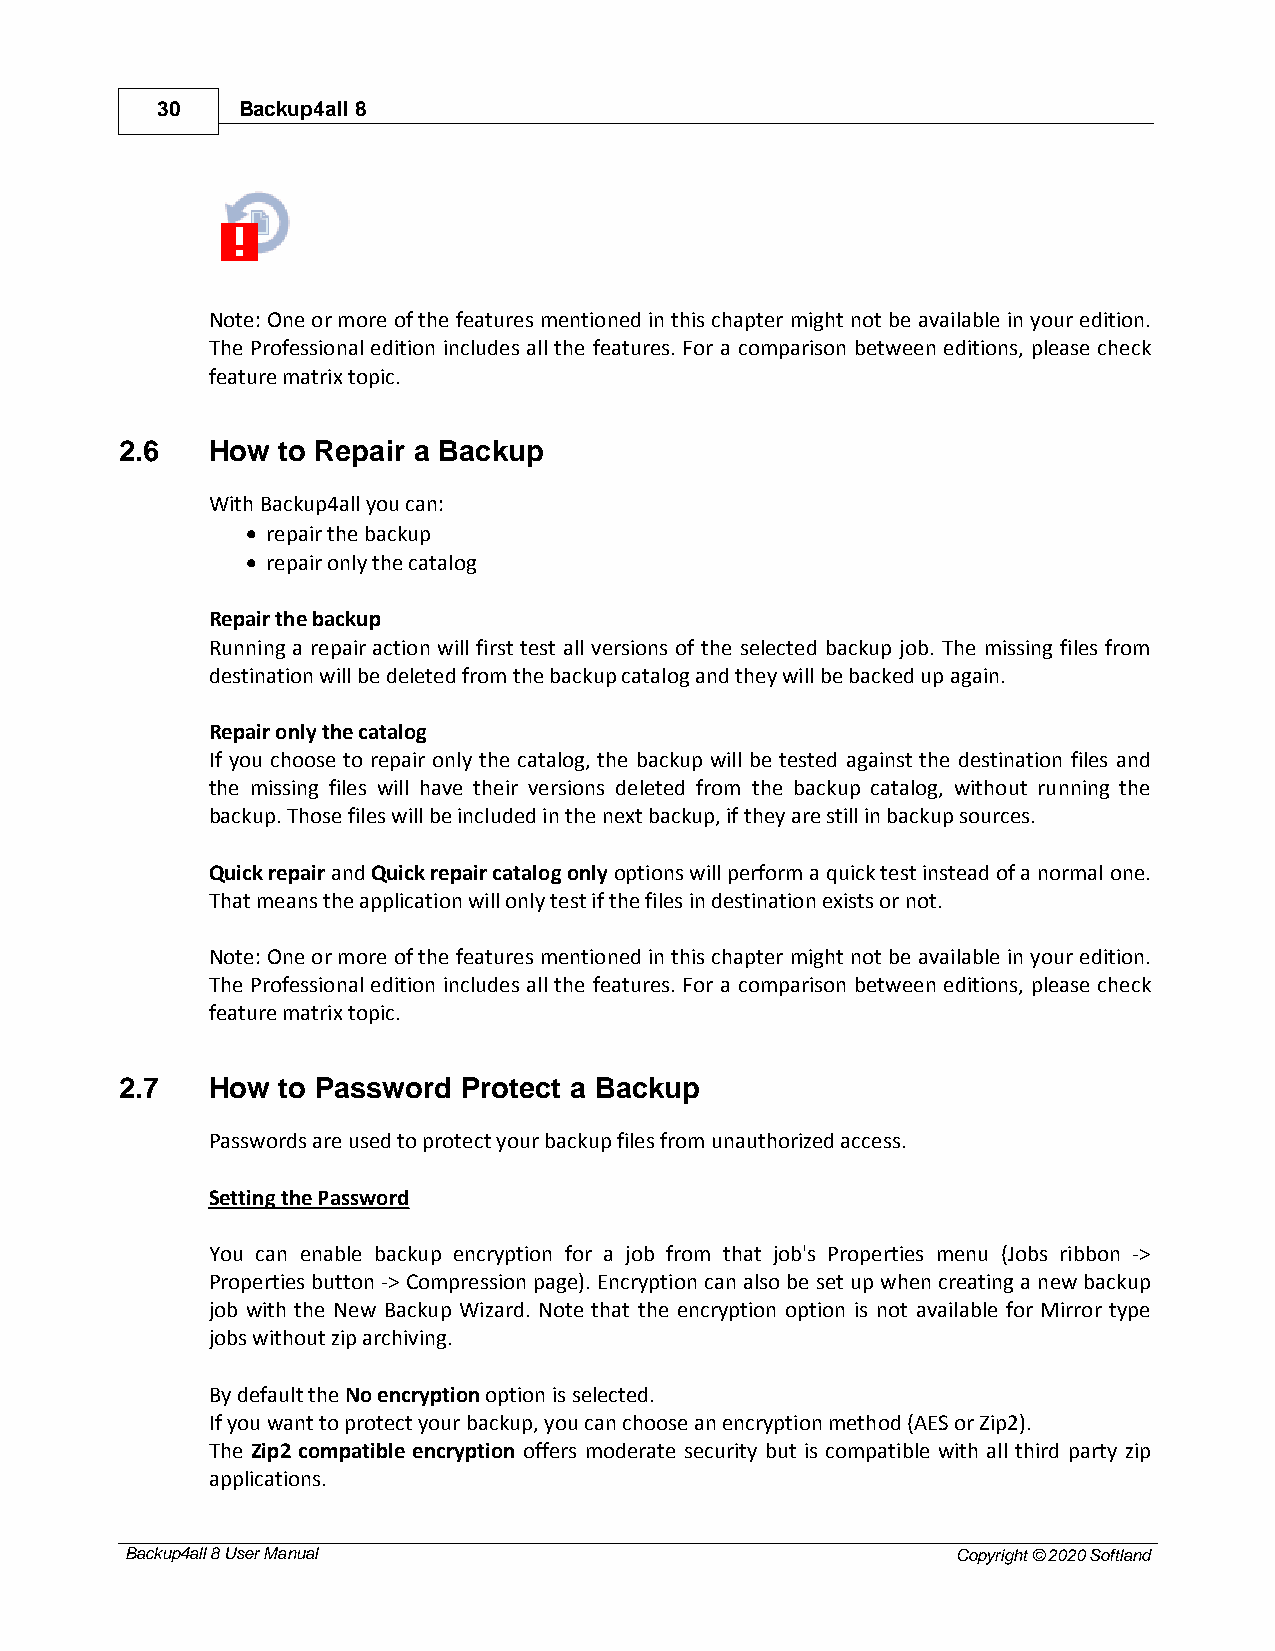
30    Backup4all 8
 Note: One or more of the features mentioned in this chapter might not be available in your edition.
 The Professional edition includes all the features. For a comparison between editions, please check
 feature matrix topic.
 2.6   How to Repair a Backup
 With Backup4all you can:
 · repair the backup
 · repair only the catalog
 Repair the backup
 Running a repair action will first test all versions of the selected backup job. The missing files from
 destination will be deleted from the backup catalog and they will be backed up again.
 Repair only the catalog
 If you choose to repair only the catalog, the backup will be tested against the destination files and
 the missing files will have their versions deleted from the backup catalog, without running the
 backup. Those files will be included in the next backup, if they are still in backup sources.
 Quick repair and Quick repair catalog only options will perform a quick test instead of a normal one.
 That means the application will only test if the files in destination exists or not.
 Note: One or more of the features mentioned in this chapter might not be available in your edition.
 The Professional edition includes all the features. For a comparison between editions, please check
 feature matrix topic.
 2.7   How to Password  Protect a Backup
 Passwords are used to protect your backup files from unauthorized access.
 Setting the Password
 You can enable backup encryption for a job from that job's Properties menu (Jobs ribbon ->
 Properties button -> Compression page). Encryption can also be set up when creating a new backup
 job with the New Backup Wizard. Note that the encryption option is not available for Mirror type
 jobs without zip archiving.
 By default the No encryption option is selected.
 If you want to protect your backup, you can choose an encryption method (AES or Zip2).
 The Zip2 compatible encryption offers moderate security but is compatible with all third party zip
 applications.
 Backup4all 8 User Manual                               Copyright © 2020 Softland